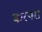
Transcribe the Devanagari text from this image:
करपरा